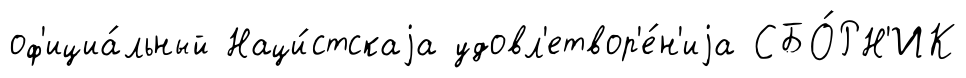
оф'ициа́льный Наци́стскаjа удовл'етвор'е́н'иjа СБО́РН'ИК